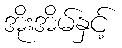
အိုးအိမ်နှင့်